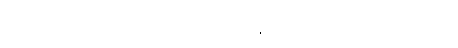
တာဏာ၊ ကိုးကွယ်လဲလျောင်းရာတို့သည်။ န သန္တိ၊ မရှိကုန်။ မရဏေ၊ သေခြင်း၌။ ဧတံ